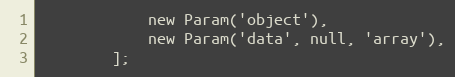
Language: PHP
            new Param('object'),
            new Param('data', null, 'array'),
        ];